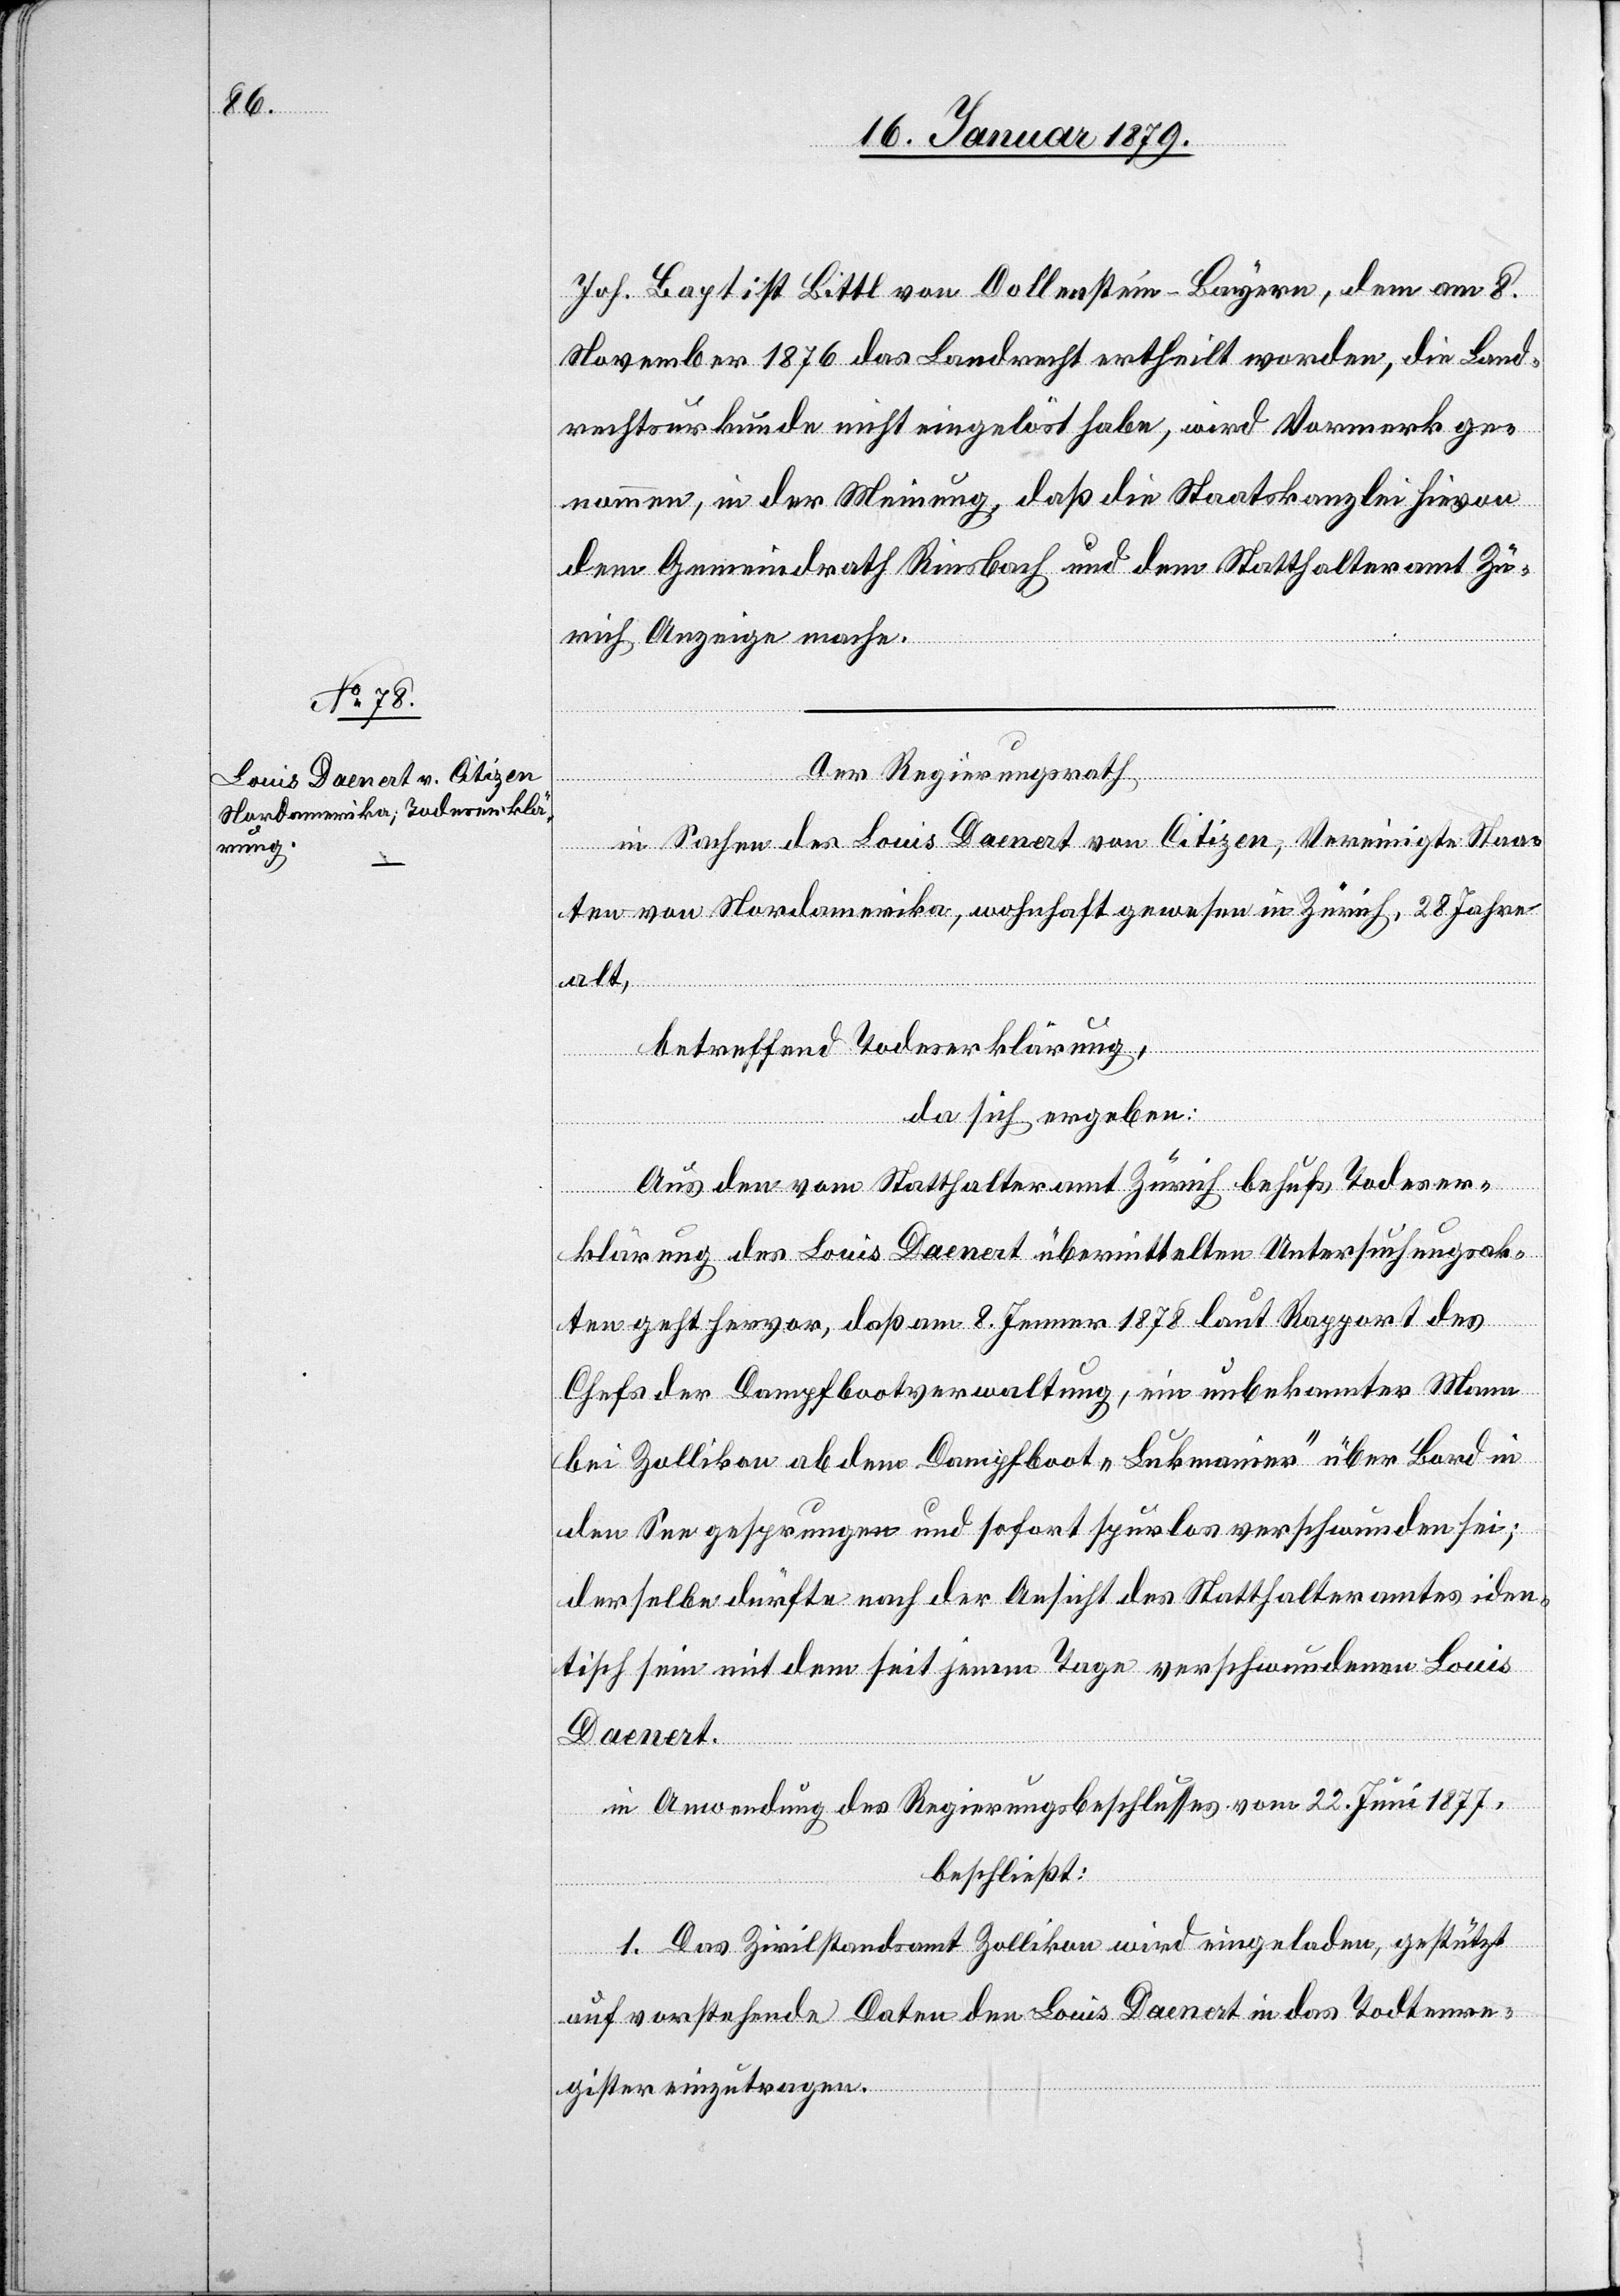
Joh. Baptist Bittl von Dollenstein - Bayern, dem am 8.
November 1876 das Landrecht ertheilt worden, die Land¬
rechtsurkunde nicht eingelöst habe, wird Vormerk ge¬
nommen, in der Meinung, daß die Staatskanzlei hievon
dem Gemeindrath Riesbach und dem Statthalteramt Zü¬
rich Anzeige mache.
Der Regierungsrath,
in Sachen des Louis Daenert von Citizen, Vereinigte Staa¬
ten von Nordamerika, wohnhaft gewesen in Zürich, 28 Jahre
alt,
betreffend Todeserklärung,
da sich ergeben:
Aus den vom Statthalteramt Zürich behufs Todeser¬
klärung des Louis Daenert übermittelten Untersuchungsak¬
ten geht hervor, daß am 8. Jenner 1878 laut Rapport des
Chefs der Dampfbootverwaltung, ein unbekannter Mann
bei Zollikon ab dem Dampfboot „Lukmanier“ über Bord in
den See gesprungen und sofort spurlos verschwunden sei;
derselbe dürfte nach der Ansicht des Statthalteramtes iden¬
tisch sein mit dem seit jenem Tage verschwundenen Louis
Daenert.
in Anwendung des Regierungsbeschlusses vom 22. Juni 1877,
beschließt:
1. Das Zivilstandsamt Zollikon wird eingeladen, gestützt
auf vorstehende Daten den Louis Daenert in das Todtenre¬
gister einzutragen.